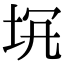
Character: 𡊬